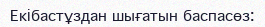
Екiбастұздан шығатын баспасөз: